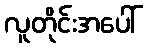
လူတိုင်းအပေါ်